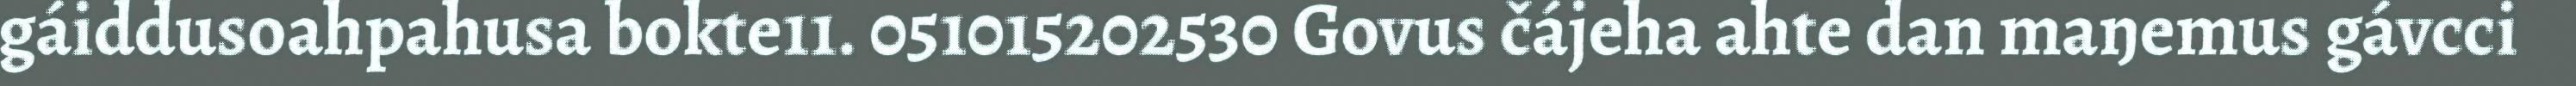
gáiddusoahpahusa bokte11. 051015202530 Govus čájeha ahte dan maŋemus gávcci